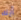
آيك